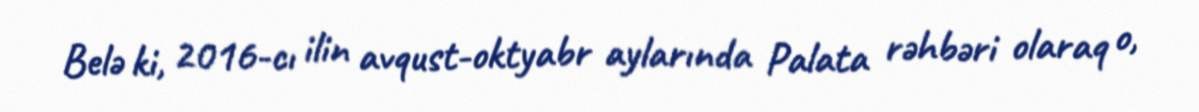
Belə ki, 2016-cı ilin avqust-oktyabr aylarında Palata rəhbəri olaraq o,